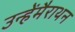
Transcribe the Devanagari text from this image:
उन्हेंमैराथन